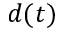
d ( t )